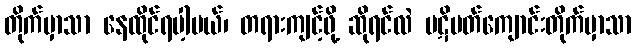
တိုက်မှာသာ နေထိုင်ရပါ့မယ်၊ တရားကျင့်ဖို့ ဆိုရင်လဲ ပဋိပတ်ကျောင်းတိုက်မှာသာ